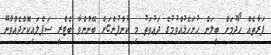
ފަރާތެއް ހޯދުމަށް ބީލަން ހުށަހެޅުއްވުމުގެ ދަޢުވަތު މި ކުންފުންޏަށް ބޭނުންވާ ބެޓްރީ ސަޕްލައިކޮށްދެއްވާނޭ